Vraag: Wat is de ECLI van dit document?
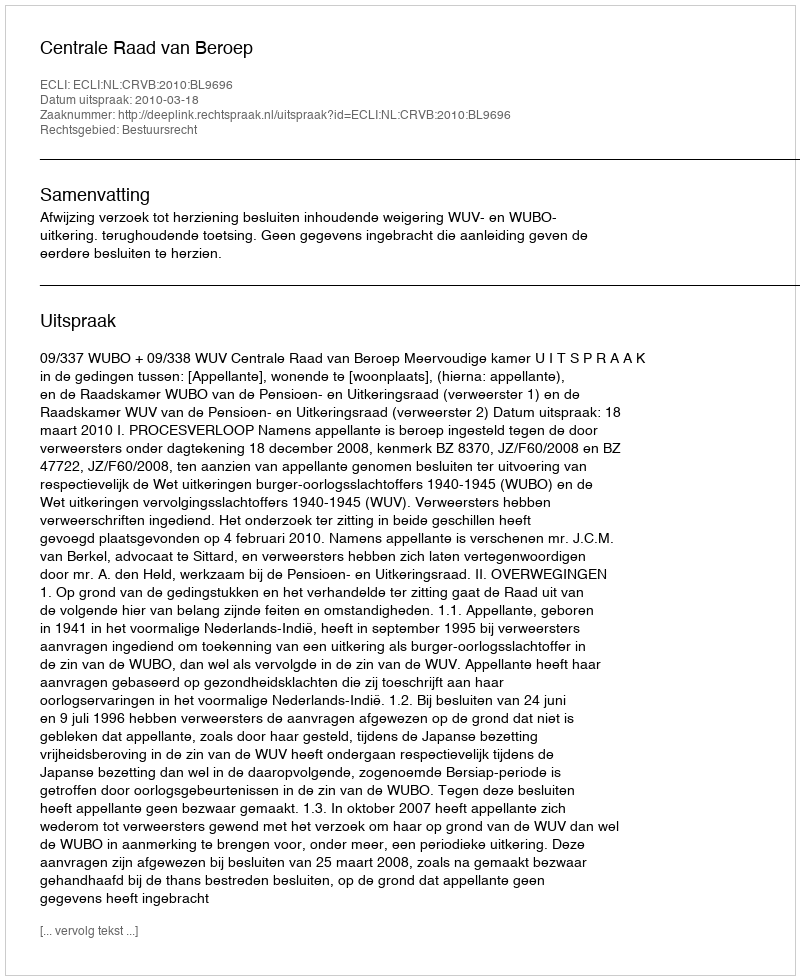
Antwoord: ECLI:NL:CRVB:2010:BL9696